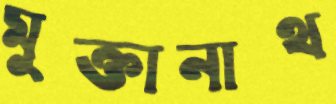
মুক্তানাথ